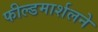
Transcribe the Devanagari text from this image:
फील्डमार्शलने